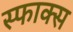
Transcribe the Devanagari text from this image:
स्फाक्स